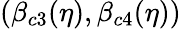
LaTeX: (\beta_{c3}(\eta),\beta_{c4}(\eta))